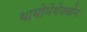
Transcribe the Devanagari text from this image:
थायोमेथेक्‍जोन